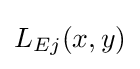
L_{Ej}(x,y)